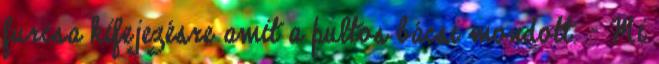
furcsa kifejezésre amit a pultos bácsi mondott. - Mi